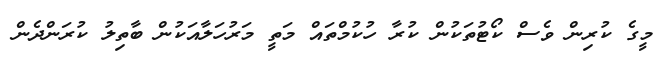
މީގެ ކުރިން ވެސް ކޯޓުތަކުން ކުރާ ހުކުމްތައް މަތީ މަރުހަލާއަކުން ބާތިލު ކުރަންދެން